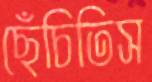
ছেঁচিতিস